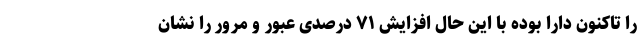
را تاکنون دارا بوده با این حال افزایش ۷۱ درصدی عبور و مرور را نشان